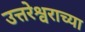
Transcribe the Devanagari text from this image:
उत्तरेश्वराच्या